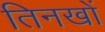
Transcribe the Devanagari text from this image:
तिनखों